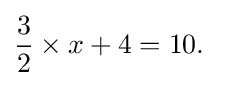
{\frac {3}{2}}\times x+4=10.\